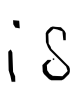
Text: is
Cross-out: clean
Writing tool: digital_black